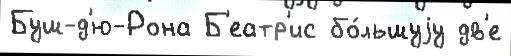
Буш-д'ю-Рона Б'еатр'ис бо́льшуjу дв'е